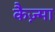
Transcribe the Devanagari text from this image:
कैज़्मा